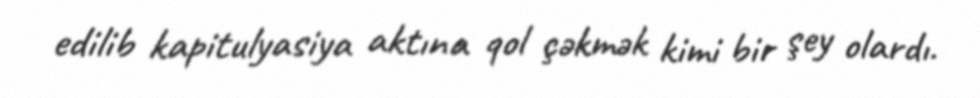
edilib kapitulyasiya aktına qol çəkmək kimi bir şey olardı.